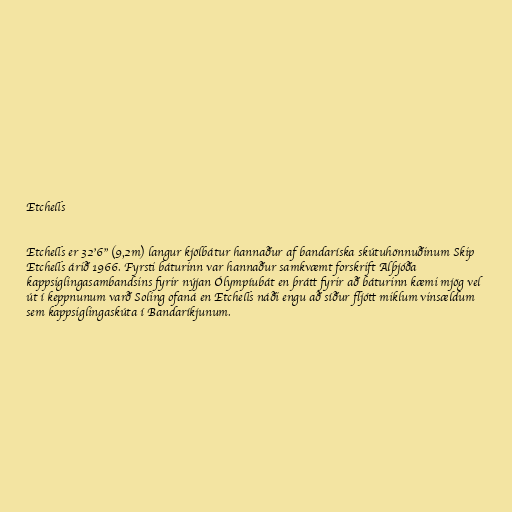
Etchells

Etchells er 32'6" (9,2m) langur kjölbátur hannaður af bandaríska skútuhönnuðinum Skip
Etchells árið 1966. Fyrsti báturinn var hannaður samkvæmt forskrift Alþjóða
kappsiglingasambandsins fyrir nýjan Ólympíubát en þrátt fyrir að báturinn kæmi mjög vel
út í keppnunum varð Soling ofaná en Etchells náði engu að síður fljótt miklum vinsældum
sem kappsiglingaskúta í Bandaríkjunum.